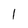
Character: 1